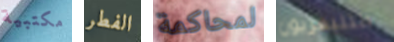
مكتبية الفطر لمحاكمة التليفزيون